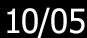
10/05